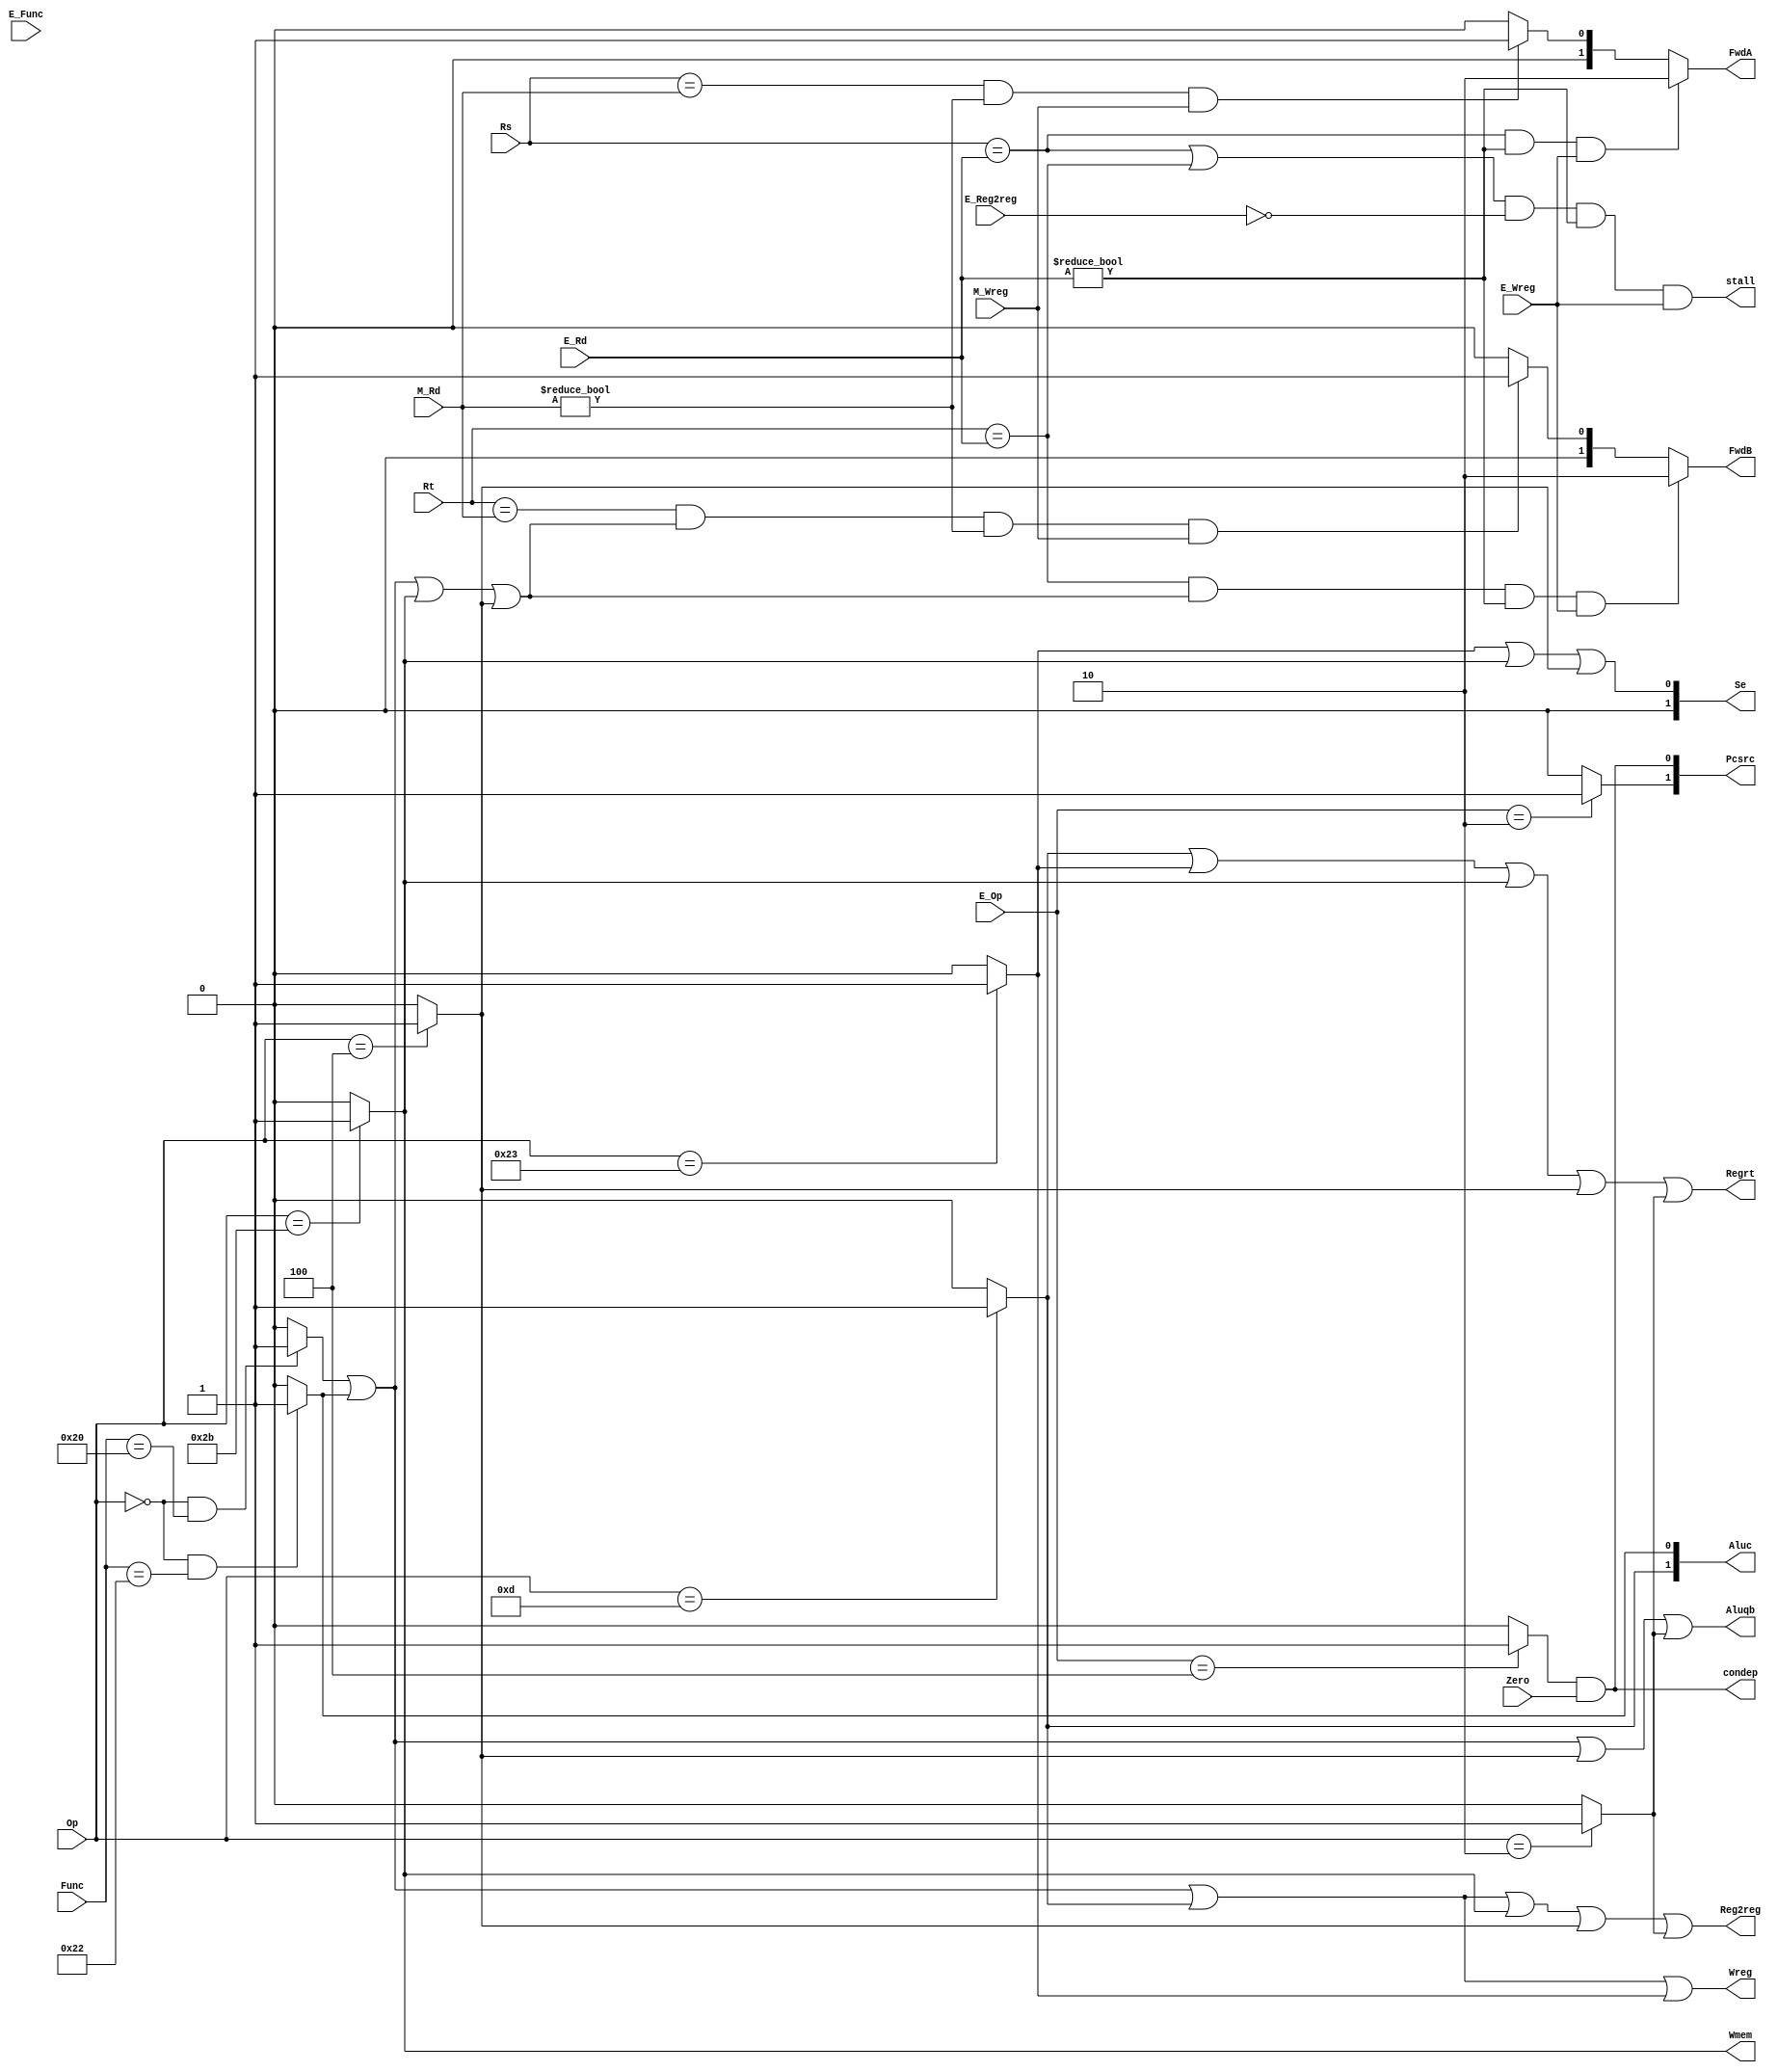
`timescale 1ns / 1ps
//////////////////////////////////////////////////////////////////////////////////
// Company: 
// Engineer: 
// 
// Design Name: 
// Module Name: CONTROL
// Project Name: 
// Target Devices: 
// Tool Versions: 
// Description: 
// 
// Dependencies: 
// 
// Revision:
// Revision 0.01 - File Created
// Additional Comments:
// 
//////////////////////////////////////////////////////////////////////////////////


module CONTROL(E_Op,Op,E_Func,Func,Zero,Regrt,Se,Wreg,Aluqb,Aluc,Wmem,Pcsrc,Reg2reg,Rs,Rt,E_Rd,M_Rd,E_Wreg,M_Wreg,FwdA,FwdB,E_Reg2reg,stall,condep);
    
    input       [5:0]   Op;                                         //op from the id stage
    input       [5:0]   Func;                                       //func from the id stage
    input       [5:0]   E_Op;                                       //op from the ex stage
    input       [5:0]   E_Func;                                     //func from the ex stage
    input               Zero;                                       //Zero from ALU
    input               E_Wreg;
    input               M_Wreg;
    input               E_Reg2reg;
    input       [4:0]   E_Rd;
    input       [4:0]   M_Rd;
    input       [4:0]   Rs;
    input       [4:0]   Rt;
    output              Regrt;
    output      [1:0]   Se;                                         //Signal to control extending
    output              Wreg,Aluqb,Wmem,Reg2reg,stall,condep;
    output      [1:0]   Pcsrc;
    output      [1:0]   Aluc;
    output  reg [1:0]   FwdA,FwdB;
    
    wire i_add  =   (Op == 6'b000000 & Func == 6'b100000)?1:0;      //add
    wire i_sub  =   (Op == 6'b000000 & Func == 6'b100010)?1:0;      //sub
    wire i_ori  =   (Op == 6'b001101)?1:0;                          //ori
    wire i_lw   =   (Op == 6'b100011)?1:0;                          //lw
    wire i_sw   =   (Op == 6'b101011)?1:0;                          //sw
    wire i_beq  =   (Op == 6'b000100)?1:0;                          //beq
    wire i_j    =   (Op == 6'b000010)?1:0;                          //j
    wire E_beq  =   (E_Op == 6'b000100)?1:0;                        //beq
    wire E_j    =   (E_Op == 6'b000010)?1:0;                        //j
    wire E_Inst =   i_add|i_sub|i_sw|i_beq;
    
    assign  Wreg        = i_add|i_sub|i_ori|i_lw;
    assign  Regrt       = i_ori|i_lw |i_sw |i_beq|i_j;
    assign  Reg2reg     = i_add|i_sub|i_ori|i_sw |i_beq|i_j;
    assign  Aluqb       = i_add|i_sub|i_beq|i_j;
    assign  Se[0]       = i_lw |i_sw |i_beq;
    assign  Se[1]       = 0;
    assign  Aluc[1]     = i_ori;
    assign  Aluc[0]     = i_sub;
    assign  Wmem        = i_sw;
    assign  Pcsrc[0]    = E_beq&Zero;
    assign  Pcsrc[1]    = E_j;
    always@(E_Rd,M_Rd,E_Wreg,M_Wreg,Rs,Rt,i_add,i_sub,i_sw,i_beq)
    begin
        FwdA=2'b00;
        if((Rs==E_Rd)&(E_Rd!=0)&(E_Wreg==1))begin
            FwdA=2'b10;
        end else begin
            if((Rs==M_Rd)&(M_Rd!=0)&(M_Wreg==1))begin
                FwdA=2'b01;
            end
        end
    end
    always@(E_Rd,M_Rd,E_Wreg,M_Wreg,Rs,Rt,i_add,i_sub,i_sw,i_beq)
    begin
        FwdB=2'b00;
        if((Rt==E_Rd)&((i_add==1)|(i_sub==1)|(i_sw==1)|(i_beq==1))&(E_Rd!=0)&(E_Wreg==1))
        begin
            FwdB=2'b10;
        end 
        else
        begin
            if((Rt==M_Rd)&((i_add==1)|(i_sub==1)|(i_sw==1)|(i_beq==1))&(M_Rd!=0)&(M_Wreg==1))
            begin
                FwdB=2'b01;
            end
        end
    end
    assign stall=((Rs==E_Rd)|(Rt==E_Rd))&(E_Reg2reg==0)&(E_Rd!=0)&(E_Wreg==1);
    assign condep=E_beq&Zero;
endmodule